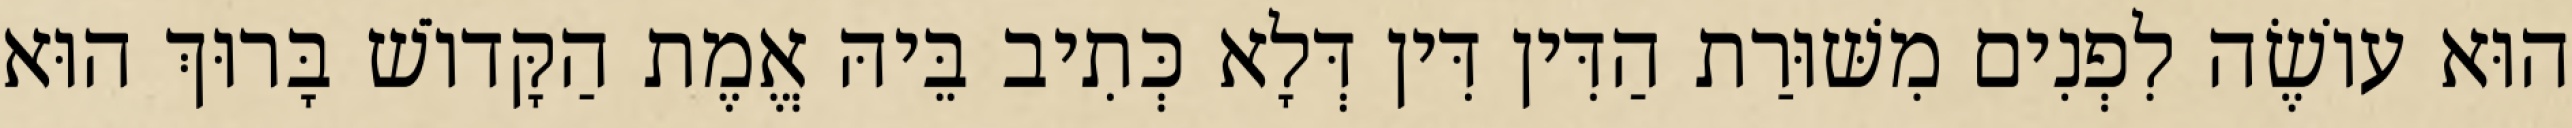
הוּא עוֹשֶׂה לִפְנִים מִשּׁוּרַת הַדִּין דִּין דְּלָא כְּתִיב בֵּיהּ אֱמֶת הַקָּדוֹשׁ בָּרוּךְ הוּא